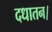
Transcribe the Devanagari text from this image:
दधातन।